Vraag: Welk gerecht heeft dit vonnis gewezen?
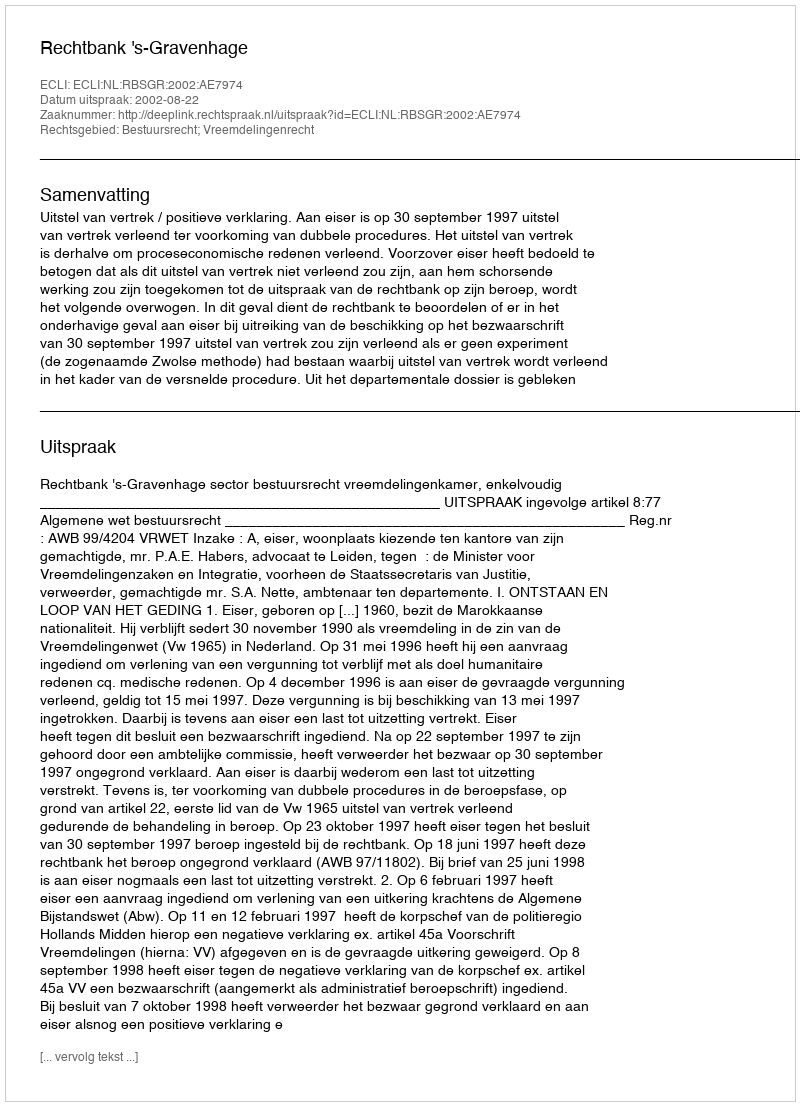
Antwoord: Rechtbank 's-Gravenhage